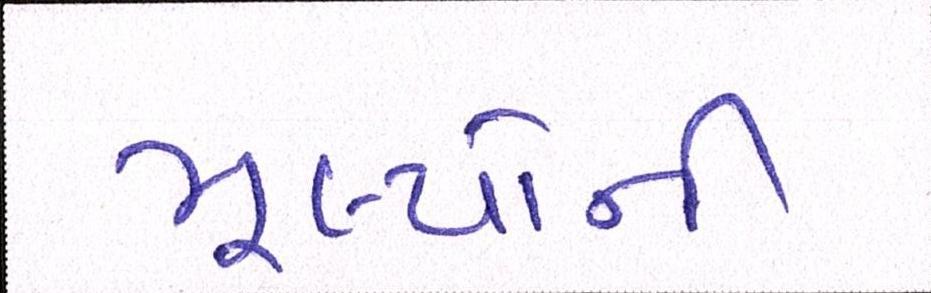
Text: મૂલ્યોની